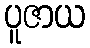
ပူဇာယ